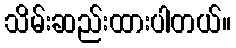
သိမ်းဆည်းထားပါတယ်။